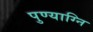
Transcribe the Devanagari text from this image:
पुण्याग्नि